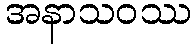
အနာသဝဿ